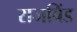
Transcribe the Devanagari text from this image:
राजबिंड